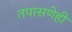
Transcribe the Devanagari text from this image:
तपासणेही